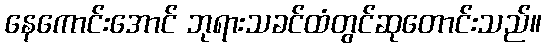
နေကောင်းအောင် ဘုရားသခင်ထံတွင်ဆုတောင်းသည်။